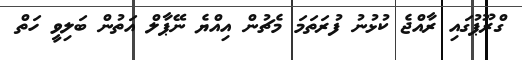
ގްރޫޕުގައި ރާއްޖެ ކުޅުނު ފުރަތަމަ މެޗުން އިއްޔެ ނޭޕާލް އަތުން ބަލިވީ ހަތް